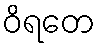
ဝိရတေ